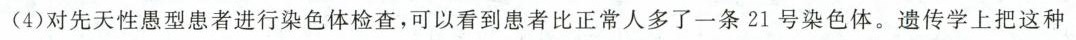
(4)对先天性愚型患者进行染色体检查，可以看到患者比正常人多了一条21号染色体。遗传学上把这种